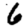
Digit: 6